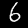
Label: 6